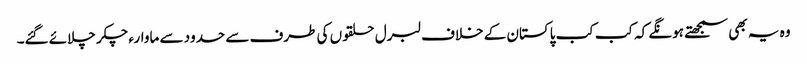
وہ یہ بھی سمجھتے ہونگے کہ کب کب پاکستان کے خلاف لبرل حلقوں کی طرف سے حدود سے ماوارء چکر چلائے گئے۔